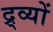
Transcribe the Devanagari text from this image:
द्र्व्यों